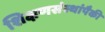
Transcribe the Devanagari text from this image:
शिक्षणसंस्थांपैकी